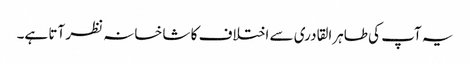
یہ آپ کی طاہرالقادری سے اختلاف کا شاخسانہ نظر آتا ہے۔